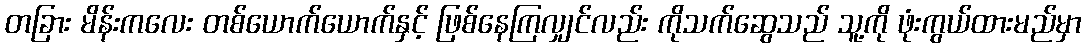
တခြား မိန်းကလေး တစ်ယောက်ယောက်နှင့် ဖြစ်နေကြလျှင်လည်း ကိုသက်ဆွေသည် သူ့ကို ဖုံးကွယ်ထားမည်မှာ